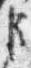
臣